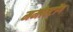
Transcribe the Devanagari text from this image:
ममोस्टोंग